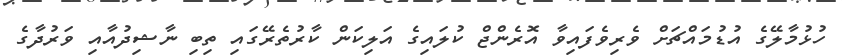
ހުޅުމާލޭގެ އުޑުމައްޗަށް ވެރިވެފައިވާ އޮރެންޖް ކުލައިގެ އަލިކަން ކާރުތެރޭގައި ތިބި ނާޝިދުއާއި ވަރުދާގެ